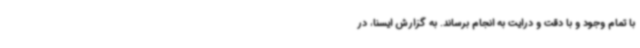
با تمام وجود و با دقت و درایت به انجام برساند. به گزارش ایسنا، در